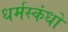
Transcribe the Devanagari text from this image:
धर्मस्कंधों